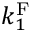
k _ { 1 } ^ { \mathrm { F } }